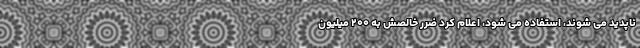
ناپدید می شوند، استفاده می شود، اعلام کرد ضرر خالصش به ۲۰۰ میلیون